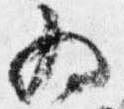
為